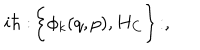
i \hbar : \! \bigg \{ \phi _ { k } ( q , p ) , H _ { C } \biggr \} \! : ,